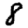
Digit: 8